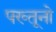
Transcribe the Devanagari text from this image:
पख्तूनो